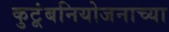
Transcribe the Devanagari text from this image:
कुटूंबनियोजनाच्या